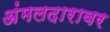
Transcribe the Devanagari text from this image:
अंमलदारावर